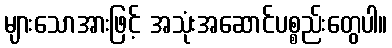
များသောအားဖြင့် အသုံးအဆောင်ပစ္စည်းတွေပါ။